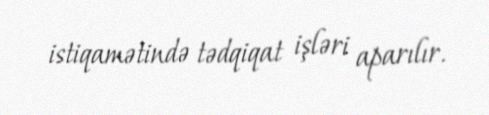
istiqamətində tədqiqat işləri aparılır.